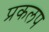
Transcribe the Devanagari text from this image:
प्रकलप